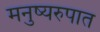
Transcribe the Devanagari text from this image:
मनुष्यरुपात